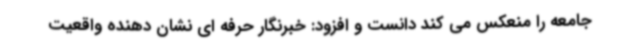
جامعه را منعکس می کند دانست و افزود: خبرنگار حرفه ای نشان دهنده واقعیت